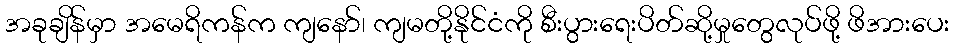
အခုချိန်မှာ အမေရိကန်က ကျနော်၊ ကျမတို့နိုင်ငံကို စီးပွားရေးပိတ်ဆို့မှုတွေလုပ်ဖို့ ဖိအားပေး